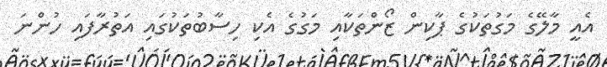
އެއީ މާލޭގެ މަގުތަކުގެ ޕާކިން ޒޯންތަކާއި މަގުގެ އެކި ހިސާބުތަކުގައި އަތުރާފައި ހުންނަ